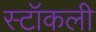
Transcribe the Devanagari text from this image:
स्टॉकली